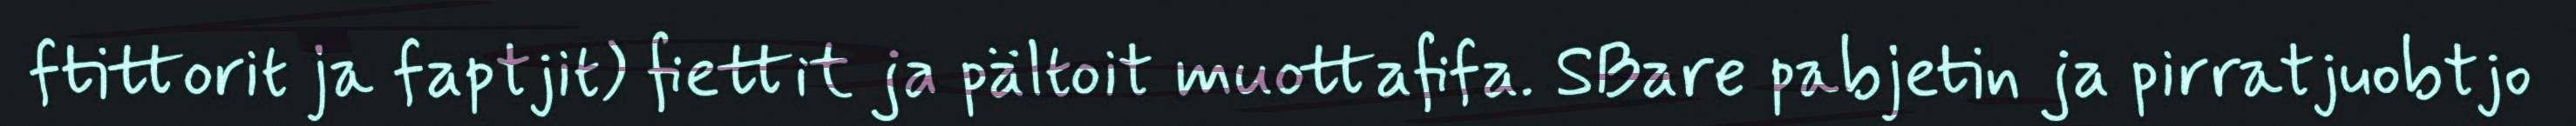
ftittorit ja faptjit) fiettit ja pältoit muottafifa. SBare pabjetin ja pirratjuobtjo